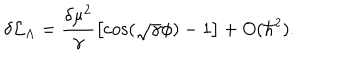
LaTeX: \delta { \cal { L } } _ { \Lambda } = \frac { \delta \mu ^ { 2 } } { \gamma } \left[ \cos ( \sqrt { \gamma } \phi ) - 1 \right] + O ( \hbar ^ { 2 } ) .